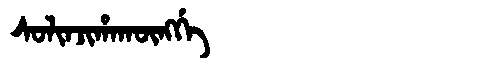
Manchu: ᠰᠣᠯᡳᠨᠵᡳᡥᠠᡴᡡᠩᡤᡝ
Romanization: SOLINJIHAKŪNGGE